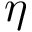
\eta